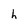
Character: h